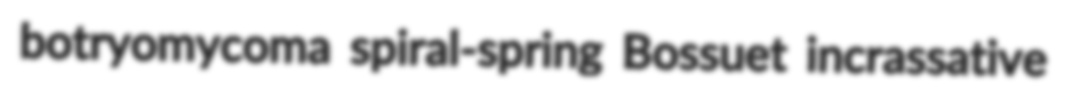
botryomycoma spiral-spring Bossuet incrassative